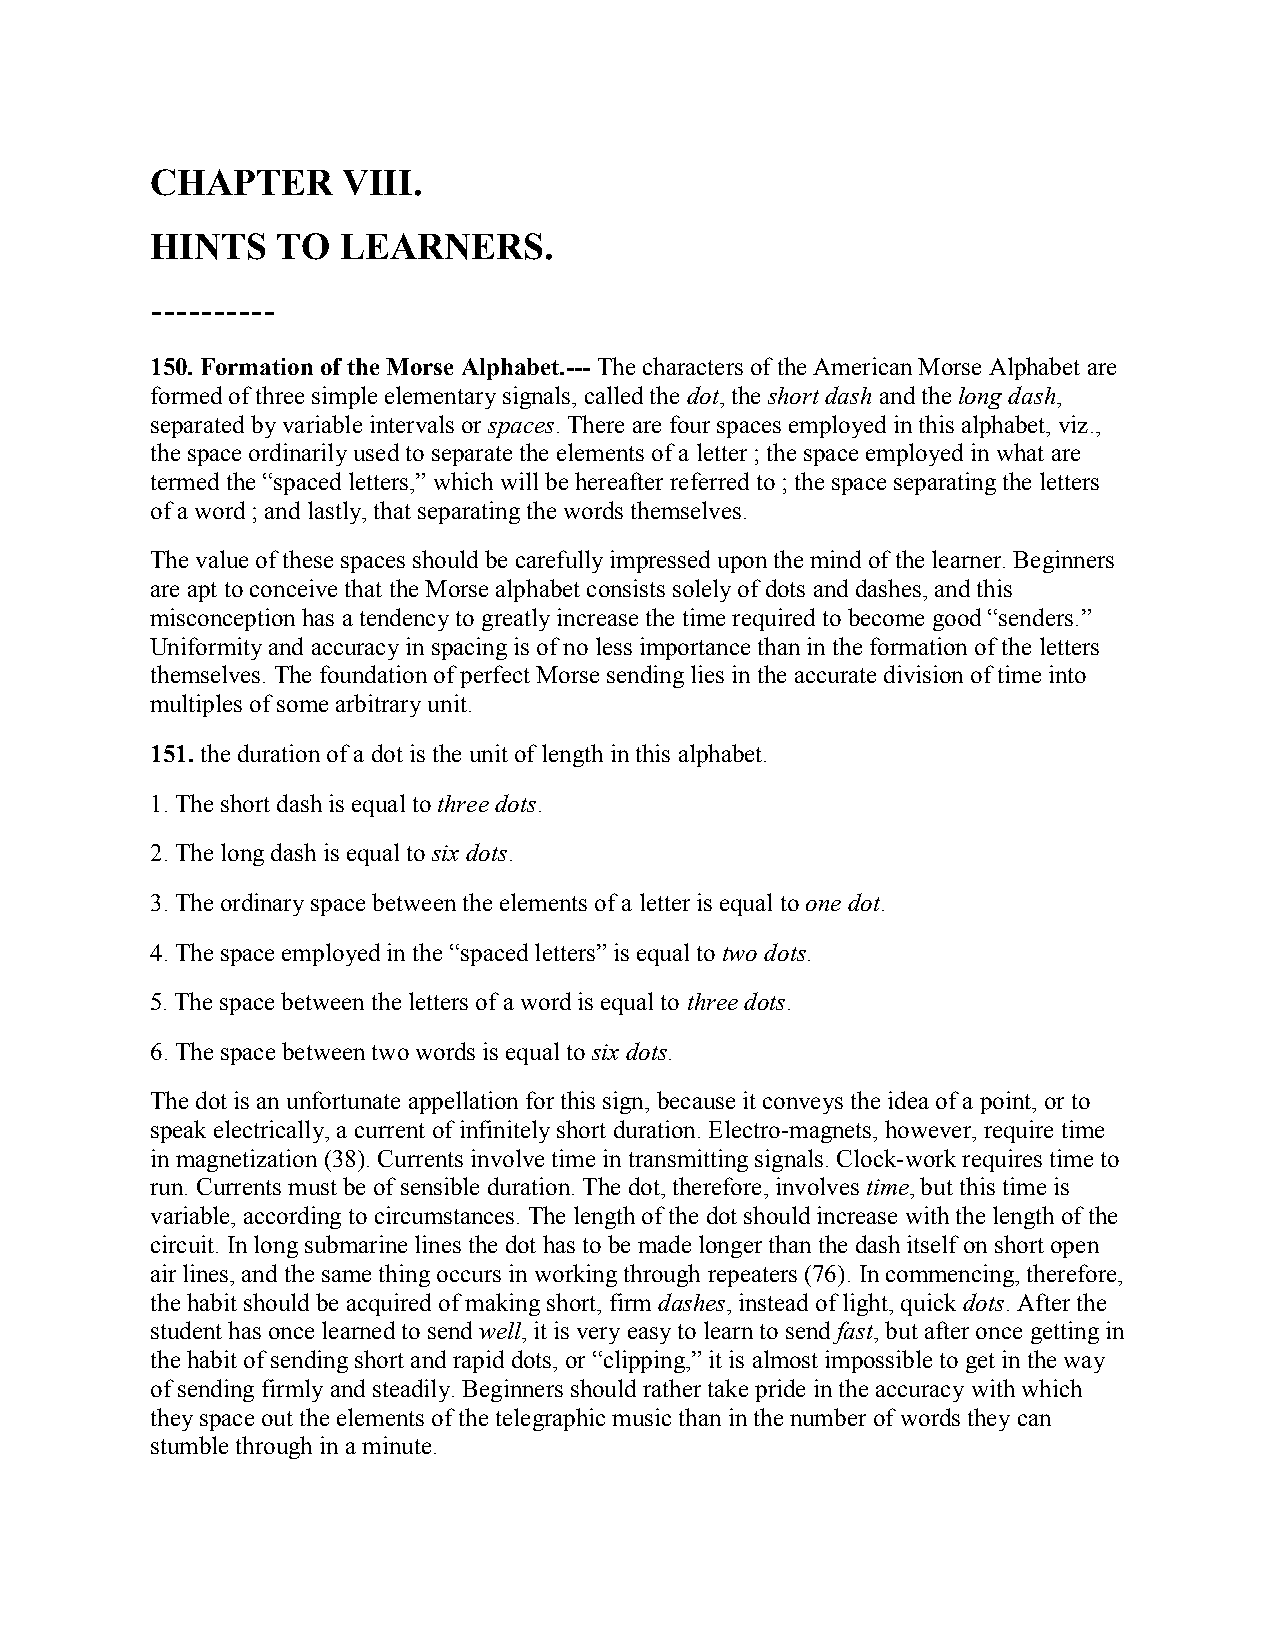
CHAPTER      VIII.
 HINTS   TO  LEARNERS.
 ----------
 150. Formation of the Morse Alphabet.--- The characters of the American Morse Alphabet are
 formed of three simple elementary signals, called the dot, the short dash and the long dash,
 separated by variable intervals or spaces. There are four spaces employed in this alphabet, viz.,
 the space ordinarily used to separate the elements of a letter ; the space employed in what are
 termed the “spaced letters,” which will be hereafter referred to ; the space separating the letters
 of a word ; and lastly, that separating the words themselves.
 The value of these spaces should be carefully impressed upon the mind of the learner. Beginners
 are apt to conceive that the Morse alphabet consists solely of dots and dashes, and this
 misconception has a tendency to greatly increase the time required to become good “senders.”
 Uniformity and accuracy in spacing is of no less importance than in the formation of the letters
 themselves. The foundation of perfect Morse sending lies in the accurate division of time into
 multiples of some arbitrary unit.
 151. the duration of a dot is the unit of length in this alphabet.
 1. The short dash is equal to three dots.
 2. The long dash is equal to six dots.
 3. The ordinary space between the elements of a letter is equal to one dot.
 4. The space employed in the “spaced letters” is equal to two dots.
 5. The space between the letters of a word is equal to three dots.
 6. The space between two words is equal to six dots.
 The dot is an unfortunate appellation for this sign, because it conveys the idea of a point, or to
 speak electrically, a current of infinitely short duration. Electro-magnets, however, require time
 in magnetization (38). Currents involve time in transmitting signals. Clock-work requires time to
 run. Currents must be of sensible duration. The dot, therefore, involves time, but this time is
 variable, according to circumstances. The length of the dot should increase with the length of the
 circuit. In long submarine lines the dot has to be made longer than the dash itself on short open
 air lines, and the same thing occurs in working through repeaters (76). In commencing, therefore,
 the habit should be acquired of making short, firm dashes, instead of light, quick dots. After the
 student has once learned to send well, it is very easy to learn to send fast, but after once getting in
 the habit of sending short and rapid dots, or “clipping,” it is almost impossible to get in the way
 of sending firmly and steadily. Beginners should rather take pride in the accuracy with which
 they space out the elements of the telegraphic music than in the number of words they can
 stumble through in a minute.